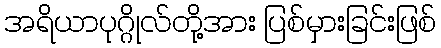
အရိယာပုဂ္ဂိုလ်တို့အား ပြစ်မှားခြင်းဖြစ်